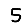
Digit: 5